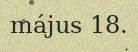
május 18.